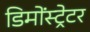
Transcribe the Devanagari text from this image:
डिमोंस्ट्रेटर